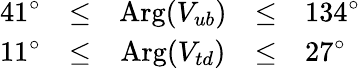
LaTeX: \begin{array}{rcccl}{{41^{\circ}}}&{{\le}}&{{\mathrm{Arg}(V_{ub})}}&{{\le}}&{{134^{\circ}}}\\ {{11^{\circ}}}&{{\le}}&{{\mathrm{Arg}(V_{td})}}&{{\le}}&{{27^{\circ}}}\end{array}